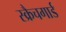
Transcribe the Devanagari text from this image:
स्क्रैचगार्ड